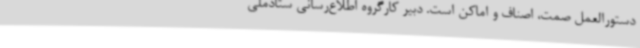
دستورالعمل صمت، اصناف و اماکن است. دبیر کارگروه اطلاع‌رسانی ستادملی